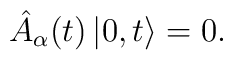
\hat{A}_\alpha (t) \left| 0, t \right> = 0.